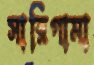
সারিগামা